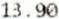
13.90